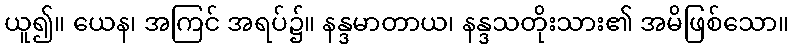
ယူ၍။ ယေန၊ အကြင် အရပ်၌။ နန္ဒမာတာယ၊ နန္ဒသတိုးသား၏ အမိဖြစ်သော။